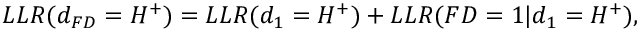
\begin{array} { r } { L L R ( d _ { F D } = H ^ { + } ) = L L R ( d _ { 1 } = H ^ { + } ) + L L R ( F D = 1 | d _ { 1 } = H ^ { + } ) , } \end{array}